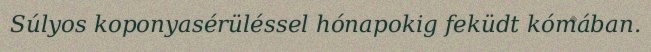
Súlyos koponyasérüléssel hónapokig feküdt kómában.